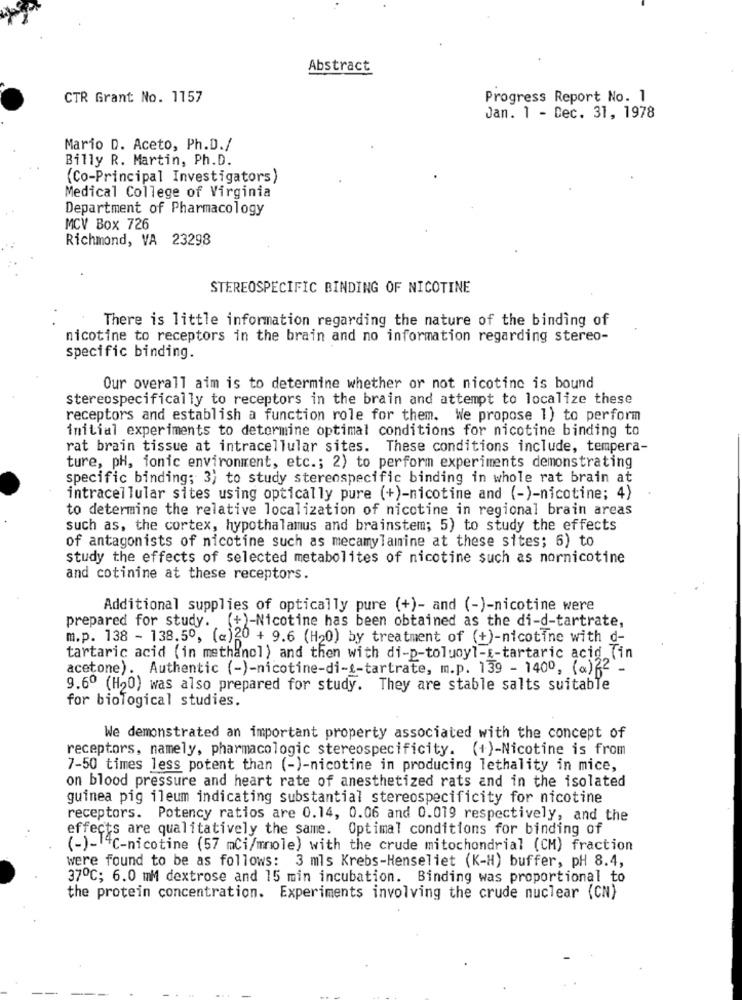
Abstract
CTR Grant No. 1157
Progress Report No. 1
Jan. 1 - Dec. 31, 1978
Mario D. Aceto, Ph.D./
Billy R. Martin, Ph.D.
(Co-Principal Investigators)
Medical College of Virginia
Department of Pharmacology
MCV Box 726
Richmond, VA 23298
STEREOSPECIFIC BINDING OF NICOTINE
There is little information regarding the nature of the binding of
nicotine to receptors in the brain and no information regarding stereo-
specific binding.
Our overall aim is to determine whether or not nicotine is bound
stereospecifically to receptors in the brain and attempt to localize these
receptors and establish a function role for them. We propose 1) to perform
initial experiments to determine optimal conditions for nicotine binding to
rat brain tissue at intracellular sites. These conditions include, tempera-
ture, pH, ionic environment, etc .; 2) to perform experiments demonstrating
specific binding; 3) to study sterenspecific binding in whole rat brain at
intracellular sites using optically pure (+)-nicotine and (-)-nicotine; 4)
to determine the relative localization of nicotine in regional brain areas
such as, the cortex, hypothalamus and brainstem; 5) to study the effects
of antagonists of nicotine such as mecamylamine at these sites; 6) to
study the effects of selected metabolites of nicotine such as nornicotine
and cotinine at these receptors.
Additional supplies of optically pure (+)- and (-)-nicotine were
prepared for study. (+)-Nicotine has been obtained as the di-d-tartrate,
m.p. 138 - 138.50, (c)20 + 9.6 (H20) by treatment of (+)-nicotine with d-
tartaric acid (in methanol) and then with di-p-toluoyl-E-tartaric acid (in
acetone). Authentic (-)-nicotine-di-t-tartrate, m.p. 139 - 1400, (a)22 -
9.60 (H20) was also prepared for study. They are stable salts suitable
for biological studies.
We demonstrated an important property associated with the concept of
receptors, namely, pharmacologic stereospecificity. (+)-Nicotine is from
7-50 times less potent than (-)-nicotine in producing lethality in mice,
on blood pressure and heart rate of anesthetized rats and in the isolated
guinea pig ileum indicating substantial stereospecificity for nicotine
receptors. Potency ratios are 0.14, 0.06 and 0.019 respectively, and the
effects are qualitatively the same. Optimal conditions for binding of
(-)- 4℃-nicotine (57 mCi/mole) with the crude mitochondrial (CM) fraction
were found to be as follows: 3 mls Krebs-Henseliet (K-H) buffer, pH 8.4,
37℃; 6.0 mM dextrose and 15 min incubation. Binding was proportional to
the protein concentration. Experiments involving the crude nuclear (CN)